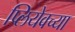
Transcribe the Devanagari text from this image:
प्लियेवच्या